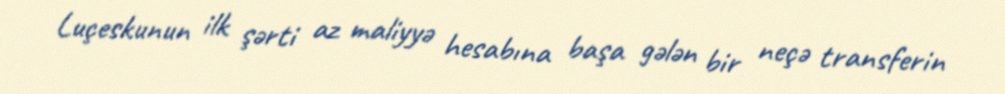
Luçeskunun ilk şərti az maliyyə hesabına başa gələn bir neçə transferin